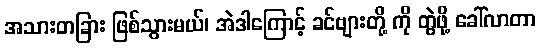
အသားတခြား ဖြစ်သွားမယ်၊ အဲဒါကြောင့် ခင်ဗျားတို့ ကို တွဲဖို့ ခေါ်လာတာ